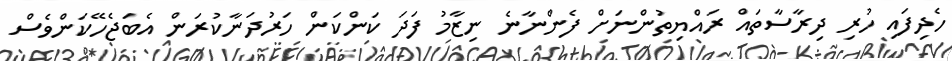
ހެދިފައި ހުރި ދިރާސާތައް ރައްޔިތުންނަށް ފެންނާނެ ނިޒާމު ފަދަ ކަންކަން ހަރުދަނާކުރަން އެބަޖެހޭކަންވެސް